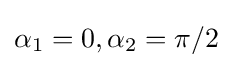
\alpha _{1}=0,\alpha _{2}=\pi /2